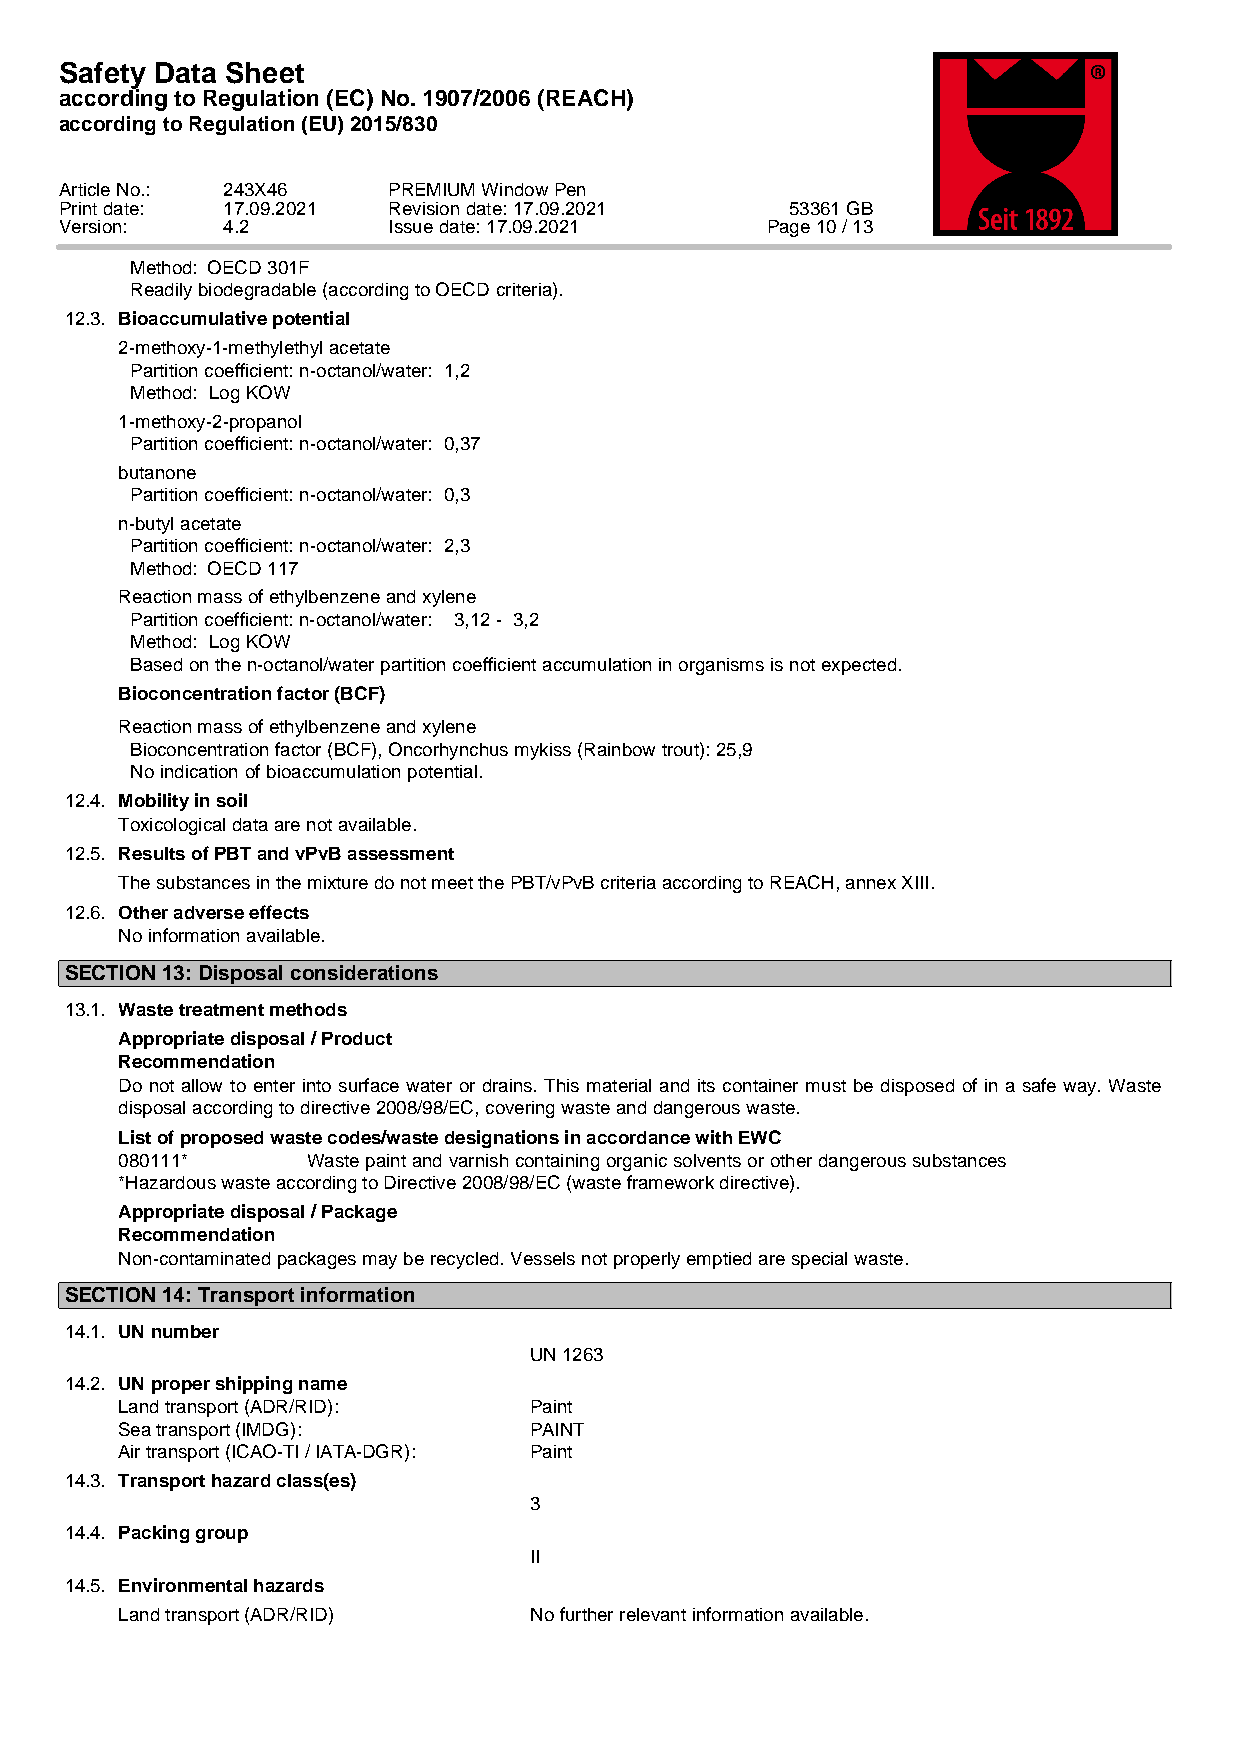
Safety Data Sheet
 according to Regulation (EC) No. 1907/2006 (REACH)
 according to Regulation (EU) 2015/830
 Article No.: 243X46   PREMIUM Window Pen
 Print date: 17.09.2021 Revision date: 17.09.2021 53361 GB
 Version:   4.2        Issue date: 17.09.2021   Page 10 / 13
 Method: OECD 301F
 Readily biodegradable (according to OECD criteria).
 12.3. Bioaccumulative potential
 2-methoxy-1-methylethyl acetate
 Partition coefficient: n-octanol/water: 1,2
 Method: Log KOW
 1-methoxy-2-propanol
 Partition coefficient: n-octanol/water: 0,37
 butanone
 Partition coefficient: n-octanol/water: 0,3
 n-butyl acetate
 Partition coefficient: n-octanol/water: 2,3
 Method: OECD 117
 Reaction mass of ethylbenzene and xylene
 Partition coefficient: n-octanol/water: 3,12 - 3,2
 Method: Log KOW
 Based on the n-octanol/water partition coefficient accumulation in organisms is not expected.
 Bioconcentration factor (BCF)
 Reaction mass of ethylbenzene and xylene
 Bioconcentration factor (BCF), Oncorhynchus mykiss (Rainbow trout): 25,9
 No indication of bioaccumulation potential.
 12.4. Mobility in soil
 Toxicological data are not available.
 12.5. Results of PBT and vPvB assessment
 The substances in the mixture do not meet the PBT/vPvB criteria according to REACH, annex XIII.
 12.6. Other adverse effects
 No information available.
 SECTION 13: Disposal considerations
 13.1. Waste treatment methods
 Appropriate disposal / Product
 Recommendation
 Do not allow to enter into surface water or drains. This material and its container must be disposed of in a safe way. Waste
 disposal according to directive 2008/98/EC, covering waste and dangerous waste.
 List of proposed waste codes/waste designations in accordance with EWC
 080111*     Waste paint and varnish containing organic solvents or other dangerous substances
 *Hazardous waste according to Directive 2008/98/EC (waste framework directive).
 Appropriate disposal / Package
 Recommendation
 Non-contaminated packages may be recycled. Vessels not properly emptied are special waste.
 SECTION 14: Transport information
 14.1. UN number
 UN 1263
 14.2. UN proper shipping name
 Land transport (ADR/RID):  Paint
 Sea transport (IMDG):      PAINT
 Air transport (ICAO-TI / IATA-DGR): Paint
 14.3. Transport hazard class(es)
 3
 14.4. Packing group
 II
 14.5. Environmental hazards
 Land transport (ADR/RID)   No further relevant information available.